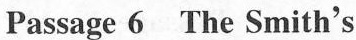
Passage 6 The Smith's